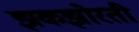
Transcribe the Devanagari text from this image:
झकझोरती